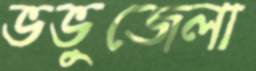
ভভুজেলা